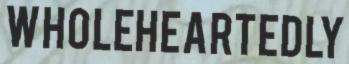
WHOLEHEARTEDLY